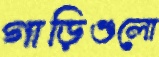
গাড়িগুলো